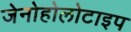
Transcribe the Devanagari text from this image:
जेनोहोलोटाइप